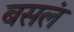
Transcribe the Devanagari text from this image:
बसलं